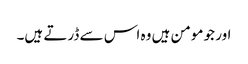
اور جو مومن ہیں وہ اس سے ڈرتے ہیں۔